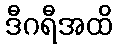
ဒီဂရီအထိ